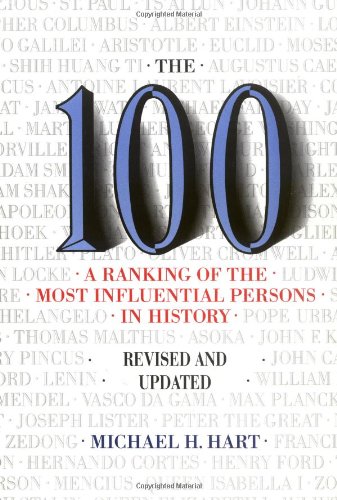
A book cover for The 100: A Ranking Of The Most Influential Persons In History; Michael H. Hart; Biographies & Memoirs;